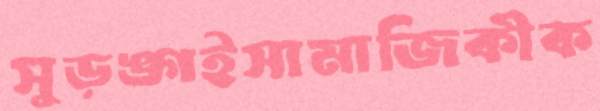
সুড়ঙ্গইসামাজিকীক